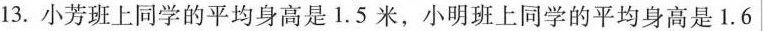
13.小芳班上同学的平均身高是 1.5 米，小明班上同学的平均身高是 1.6